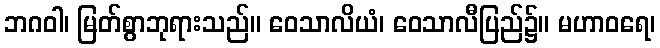
ဘဂဝါ၊ မြတ်စွာဘုရားသည်။ ဝေသာလိယံ၊ ဝေသာလီပြည်၌။ မဟာဝရေ၊